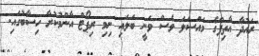
ރައުދާ އާތިފްގެ މައްސަލަ ވެސް ވަނީ ބަލައި ނިމި ރިޕޯޓް އާންމުކުރާ ހިސާބުގައި.